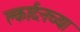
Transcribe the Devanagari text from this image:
क्लार्दनच्या